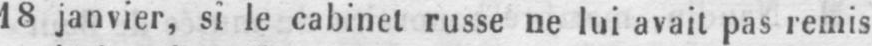
18 janvier, si le cabinet russe ne lui avait pas remis